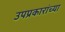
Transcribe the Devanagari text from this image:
उपप्रकारांच्या